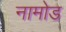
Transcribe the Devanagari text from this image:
नामोड